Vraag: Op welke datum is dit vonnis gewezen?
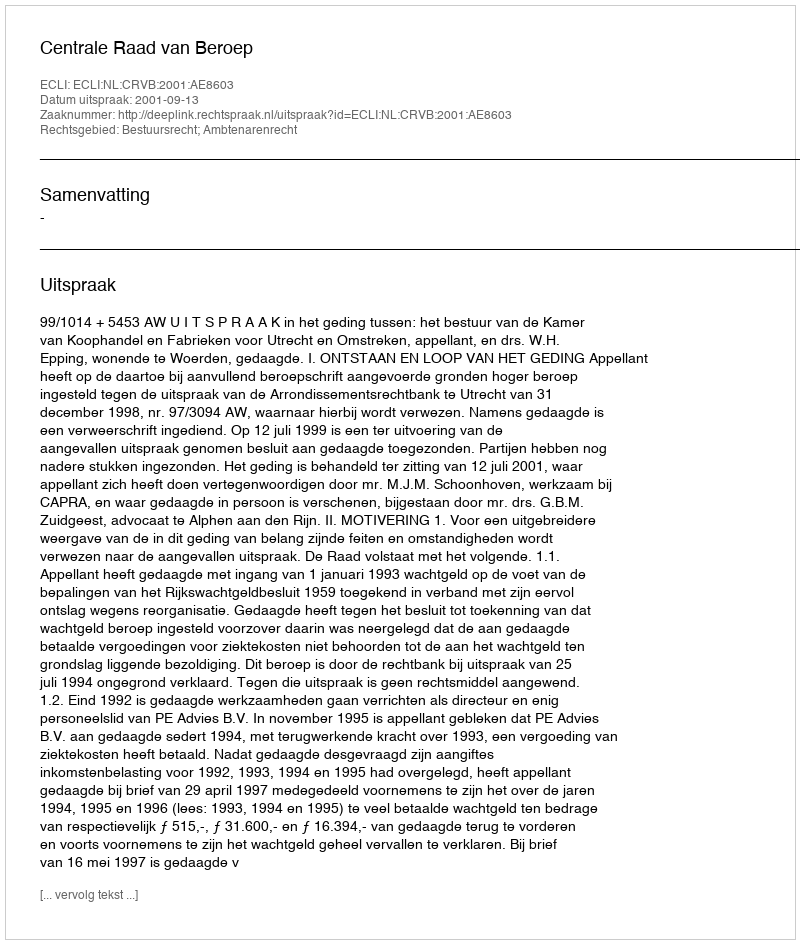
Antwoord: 2001-09-13